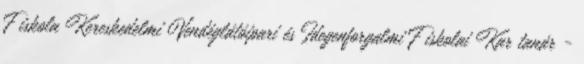
Fıiskola Kereskedelmi Vendéglátóipari és Idegenforgalmi Fıiskolai Kar tanár -